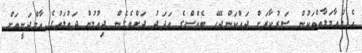
އެ މުޢާމަލާތްތަކުން ސަރުކާރަށް ދައްކަންޖެހޭ ޓެކްސްގެ އަދަދު ދަށްވެގެން ދިއުމުން ދައުލަތުގެ އާމްދަނީއަށް